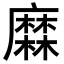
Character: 𪎦